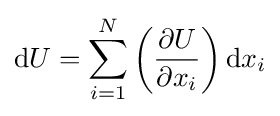
\mathrm {d} U=\sum _{i=1}^{N}\left({\frac {\partial U}{\partial x_{i}}}\right)\mathrm {d} x_{i}